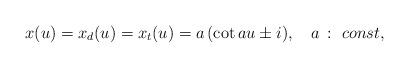
LaTeX: \begin{align*}x(u)=x_d(u)=x_t(u)=a\,(\cot a u\pm i),\quad a\,:\ const,\end{align*}